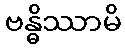
ဗန္ဓိဿာမိ